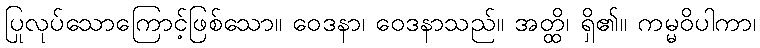
ပြုလုပ်သောကြောင့်ဖြစ်သော။ ဝေဒနာ၊ ဝေဒနာသည်။ အတ္ထိ၊ ရှိ၏။ ကမ္မဝိပါကာ၊